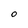
Character: O